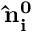
{ \bf \hat { n } _ { i } ^ { 0 } }